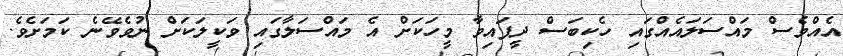
އެއްވެސް މައްސަލައެއްގައި ހެކިބަސް ދީފައިވާ މީހަކަށް އެ މައްސަލާގައި ވަކީލަކަށް ނުވެވޭނެ ކަމަށެވެ.